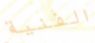
الفنية